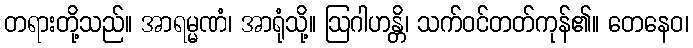
တရားတို့သည်။ အာရမ္မဏံ၊ အာရုံသို့။ ဩဂါဟန္တိ၊ သက်ဝင်တတ်ကုန်၏။ တေနေဝ၊